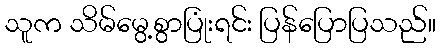
သူက သိမ်မွေ့စွာပြုံးရင်း ပြန်ပြောပြသည်။